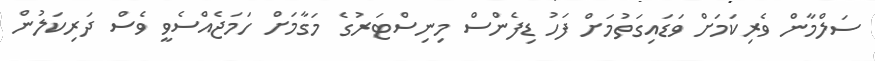
ސަލްމާން ވެރިކަމަށް ވަޑައިގަތުމަށް ފަހު ޑިފެންްސް މިނިސްޓަރުގެ މަގާމަށް ހަމަޖެއްސެވީ ވެސް ދަރިކަލުން